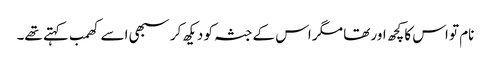
نام تو اس کا کچھ اور تھا مگر اس کے جثہ کو دیکھ کر سبھی اسے کھمب کہتے تھے۔